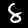
Label: 8